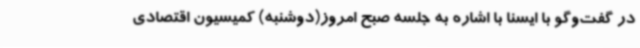
در گفت‌وگو با ایسنا با اشاره به جلسه صبح امروز(دوشنبه) کمیسیون اقتصادی